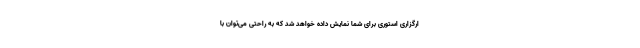
ارگزاری استوری برای شما نمایش داده خواهد شد که به راحتی ‌می‌توان با